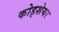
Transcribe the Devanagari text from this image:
कोड्शेयर